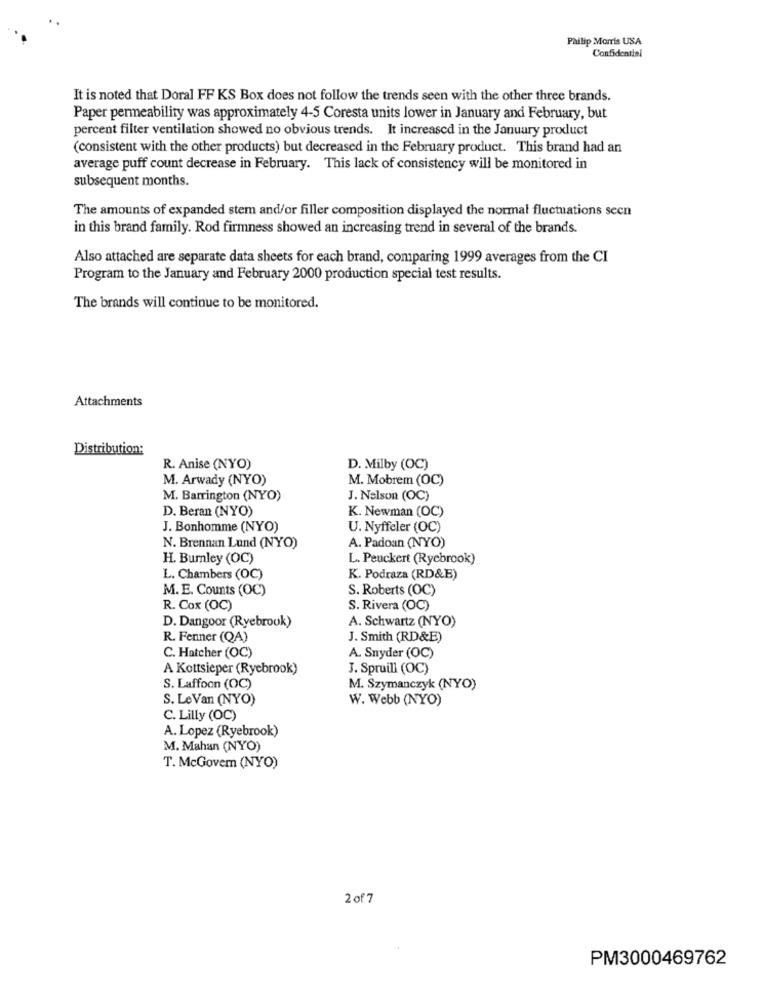
Philip Morris US.A.
Confidential
It is noted that Doral FF KS Box does not follow the trends seen with the other three brands.
Paper permeability was approximately 4-5 Coresta units lower in January and February, but
percent filter ventilation showed no obvious trends. It increased in the January product
(consistent with the other products) but decreased in the February product. This brand had an
average puff count decrease in February. This lack of consistency will be monitored in
subsequent months.
The amounts of expanded stem and/or filler composition displayed the normal fluctuations seen
in this brand family. Rod firmness showed an increasing trend in several of the brands.
Also attached are separate data sheets for each brand, comparing 1999 averages from the CI
Program to the January and February 2000 production special test results.
The brands will continue to be monitored.
Attachments
Distribution:
R. Anise (NYO)
D. Milby (OC)
M. Arwady (NYO)
M. Mobrem (OC)
M. Barrington (NYO)
J. Nelson (OC)
D. Beran (NYO)
K. Newman (OC)
J. Bonhomme (NYO)
U. Nyffeler (OC)
N. Brennan Lund (NYO)
A. Padoan (NYO)
H. Burnley (OC)
L. Peuckert (Ryebrook)
L. Chambers (OC)
K. Podraza (RD&E)
M. E. Counts (OC)
S. Roberts (OC)
R. Cox (OC)
S. Rivera (OC)
A. Schwartz (NYO)
D. Dangoor (Ryebrook)
R. Fenner (QA)
J. Smith (RD&E)
C. Hatcher (OC)
A. Snyder (OC)
A Kottsieper (Ryebrook)
J. Spruill (OC)
S. Laffoon (OC)
M. Szymanczyk (NYO)
S. Le Van (NYO)
W. Webb (NYO)
C. Lilly (OC)
A. Lopez (Ryebrook)
M. Mahan (NYO)
T. McGovern (NYO)
2017
PM3000469762